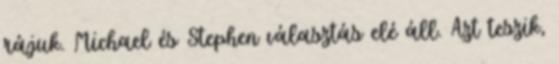
rájuk. Michael és Stephen választás elé áll. Azt teszik,